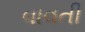
વાવતી